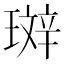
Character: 𤨘